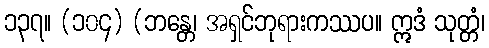
၁၃၇။ (၁၀၄) (ဘန္တေ၊ အရှင်ဘုရားကဿပ။ ဣဒံ သုတ္တံ၊